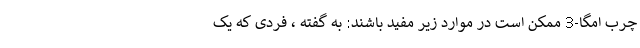
چرب امگا-3 ممکن است در موارد زیر مفید باشند: به گفته ، فردی که یک